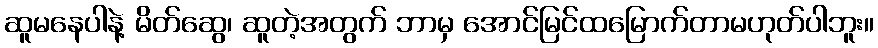
ဆူမနေပါနဲ့ မိတ်ဆွေ၊ ဆူတဲ့အတွက် ဘာမှ အောင်မြင်ထမြောက်တာမဟုတ်ပါဘူး။